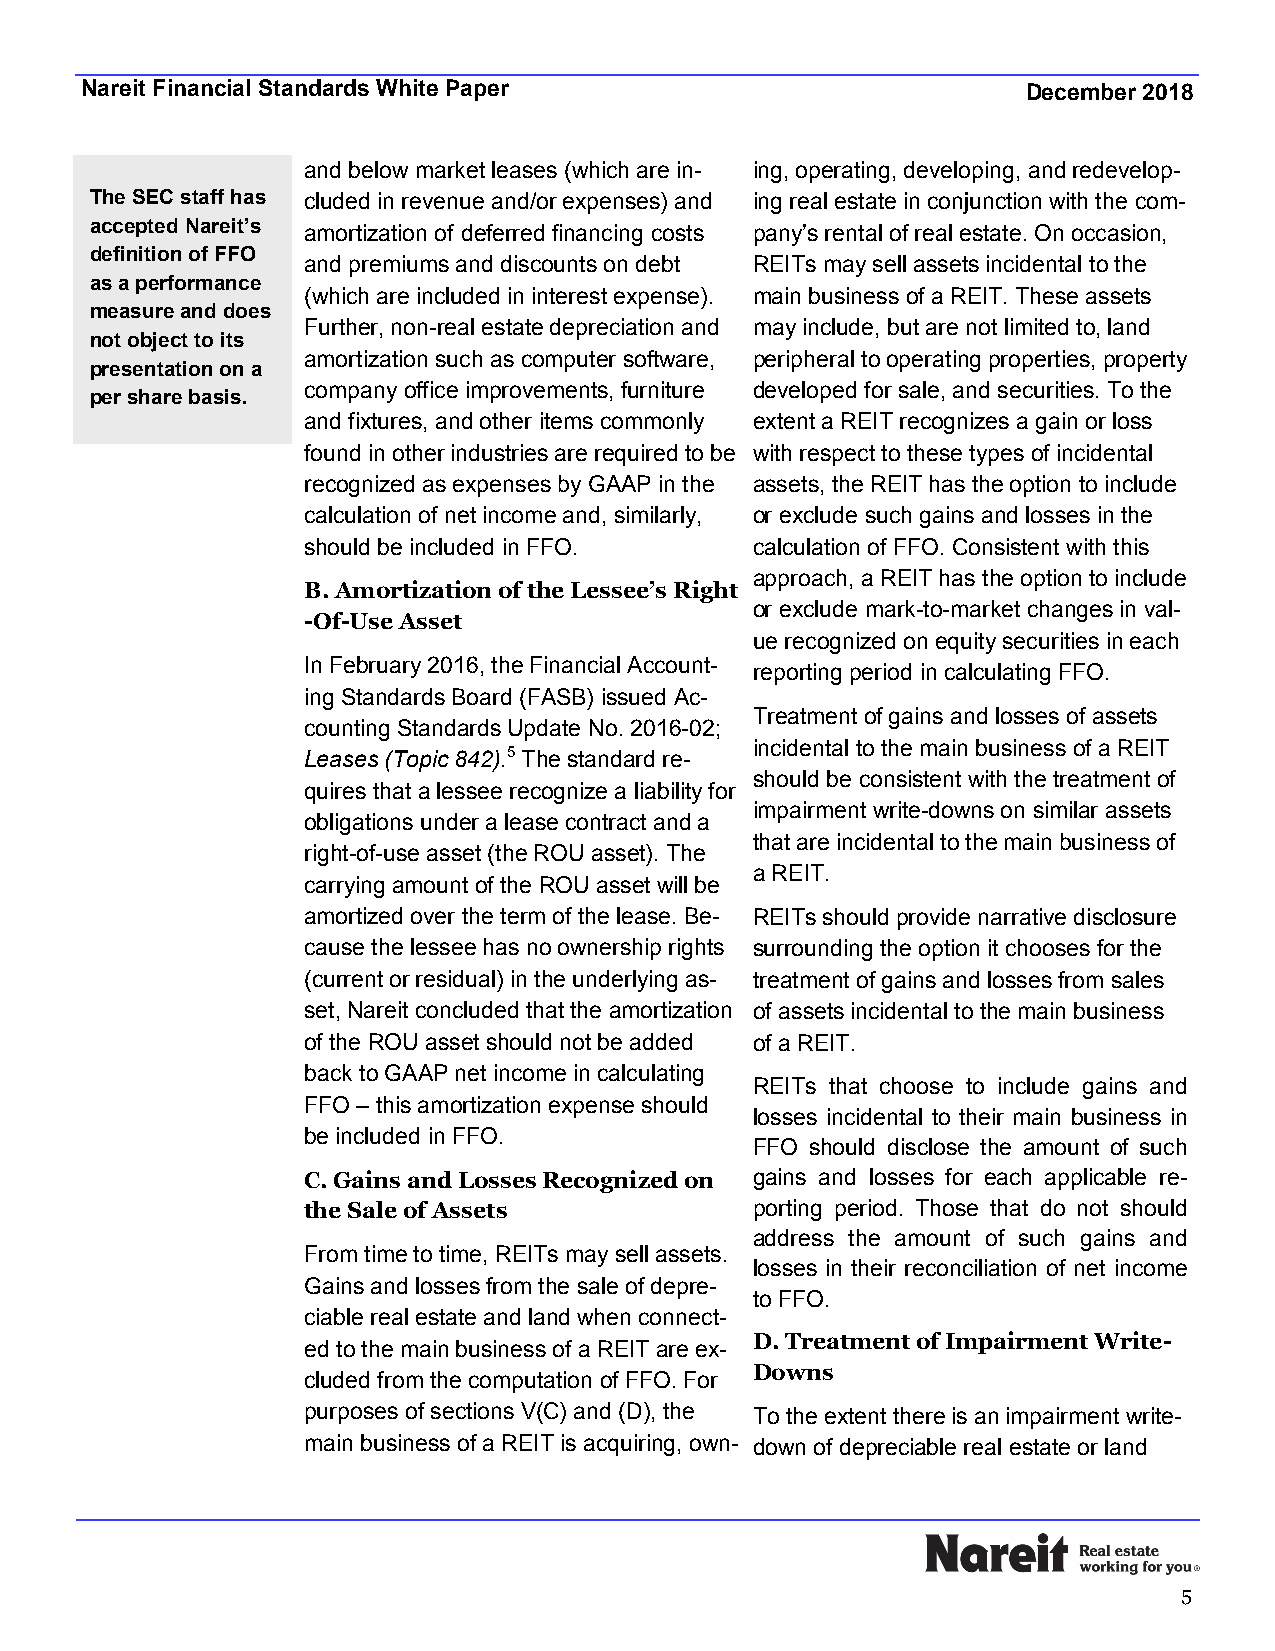
Nareit Financial Standards White Paper                         December 2018
 and below market leases (which are in- ing, operating, developing, and redevelop-
 The SEC staff has cluded in revenue and/or expenses) and ing real estate in conjunction with the com-
 accepted Nareit’s amortization of deferred financing costs pany’s rental of real estate. On occasion,
 definition of FFO
 and premiums and discounts on debt REITs may sell assets incidental to the
 as a performance
 (which are included in interest expense). main business of a REIT. These assets
 measure and does
 Further, non-real estate depreciation and may include, but are not limited to, land
 not object to its
 amortization such as computer software, peripheral to operating properties, property
 presentation on a
 company office improvements, furniture developed for sale, and securities. To the
 per share basis.
 and fixtures, and other items commonly extent a REIT recognizes a gain or loss
 found in other industries are required to be with respect to these types of incidental
 recognized as expenses by GAAP in the assets, the REIT has the option to include
 calculation of net income and, similarly, or exclude such gains and losses in the
 should be included in FFO.    calculation of FFO. Consistent with this
 approach, a REIT has the option to include
 B.Amortization of the Lessee’s Right
 or exclude mark-to-market changes in val-
 -Of-Use Asset
 ue recognized on equity securities in each
 In February 2016, the Financial Account-
 reporting period in calculating FFO.
 ing Standards Board (FASB) issued Ac-
 Treatment of gains and losses of assets
 counting Standards Update No. 2016-02;
 incidental to the main business of a REIT
 Leases (Topic 842).5 The standard re-
 should be consistent with the treatment of
 quires that a lessee recognize a liability for
 impairment write-downs on similar assets
 obligations under a lease contract and a
 that are incidental to the main business of
 right-of-use asset (the ROU asset). The
 a REIT.
 carrying amount of the ROU asset will be
 amortized over the term of the lease. Be- REITs should provide narrative disclosure
 cause the lessee has no ownership rights surrounding the option it chooses for the
 (current or residual) in the underlying as- treatment of gains and losses from sales
 set, Nareit concluded that the amortization of assets incidental to the main business
 of the ROU asset should not be added of a REIT.
 back to GAAP net income in calculating
 REITs that choose to include gains and
 FFO – this amortization expense should
 losses incidental to their main business in
 be included in FFO.
 FFO should disclose the amount of such
 C.Gains and Losses Recognized on gains and losses for each applicable re-
 the Sale of Assets            porting period. Those that do not should
 address the amount of such gains and
 From time to time, REITs may sell assets.
 losses in their reconciliation of net income
 Gains and losses from the sale of depre-
 to FFO.
 ciable real estate and land when connect-
 D.Treatment of Impairment Write-
 ed to the main business of a REIT are ex-
 Downs
 cluded from the computation of FFO. For
 purposes of sections V(C) and (D), the To the extent there is an impairment write-
 main business of a REIT is acquiring, own- down of depreciable real estate or land
 5